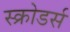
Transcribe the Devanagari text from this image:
स्क्रोडर्स